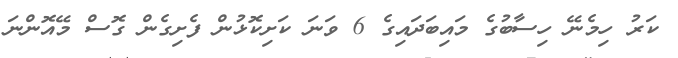
ކަރު ހިމެނޭ ހިސާބުގެ މައިބަދައިގެ 6 ވަނަ ކަށިކޮޅުން ފެށިގެން ގޮސް މޭއޮންނަ